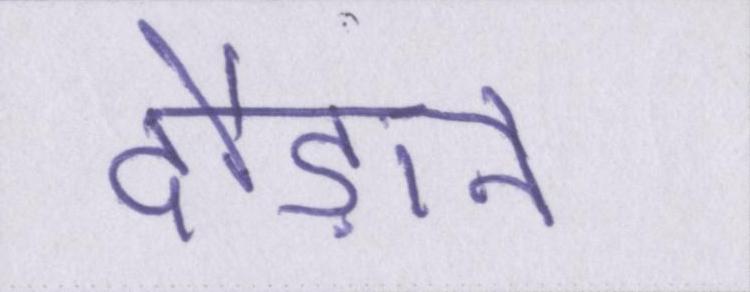
दौड़ाने